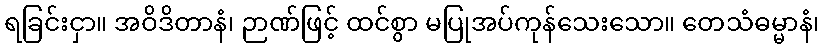
ရခြင်းငှာ။ အဝိဒိတာနံ၊ ဉာဏ်ဖြင့် ထင်စွာ မပြုအပ်ကုန်သေးသော။ တေသံဓမ္မာနံ၊